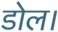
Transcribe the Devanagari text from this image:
डोल।